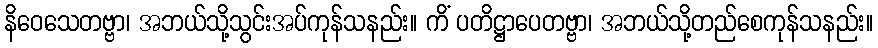
နိဝေသေတဗ္ဗာ၊ အဘယ်သို့သွင်းအပ်ကုန်သနည်း။ ကိံ ပတိဋ္ဌာပေတဗ္ဗာ၊ အဘယ်သို့တည်စေကုန်သနည်း။